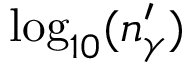
\log _ { 1 0 } ( n _ { \gamma } ^ { \prime } )